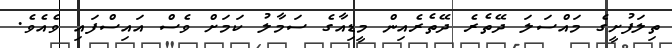
ތިލަފުށީގެ މައްސަލަ ދޭތެރެ ދޭތެރެއިން މީޑިއާގެ ސަމާލު ކަމަށް ވެސް އައިސްފައި ވެއެވެ.